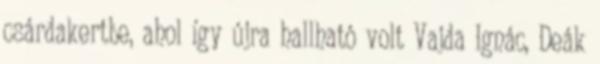
csárdakertbe, ahol így újra hallható volt Vajda Ignác, Deák